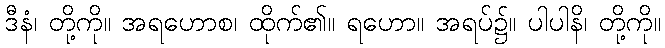
ဒီနံ၊ တို့ကို။ အရဟောစ၊ ထိုက်၏။ ရဟော။ အရပ်၌။ ပါပါနိ၊ တို့ကို။